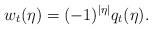
LaTeX: \begin{align*}w_t (\eta) = (-1)^{|\eta|}q_t (\eta).\end{align*}